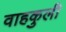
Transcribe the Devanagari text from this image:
वाहकुली